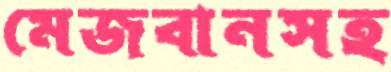
মেজবানসহ